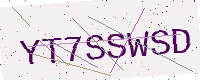
Text: YT7SSWSD